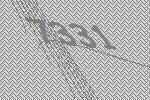
7331